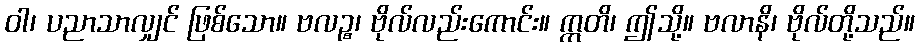
ဝါ၊ ပညာသာလျှင် ဖြစ်သော။ ဗလဉ္စ၊ ဗိုလ်လည်းကောင်း။ ဣတိ၊ ဤသို့။ ဗလာနိ၊ ဗိုလ်တို့သည်။